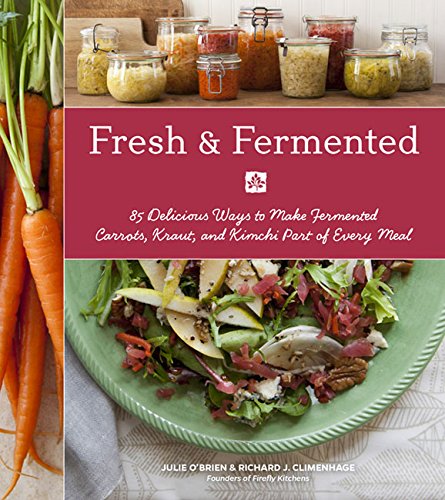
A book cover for Fresh & Fermented: 85 Delicious Ways to Make Fermented Carrots, Kraut, and Kimchi Part of Every Meal; Julie O'Brien; Cookbooks, Food & Wine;